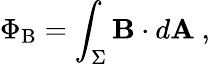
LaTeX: \Phi_{\mathrm{B}}=\int_{\Sigma}\mathbf{B}\cdot d\mathbf{A}\ ,